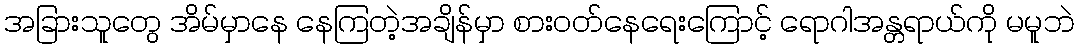
အခြားသူတွေ အိမ်မှာနေ နေကြတဲ့အချိန်မှာ စားဝတ်နေရေးကြောင့် ရောဂါအန္တရာယ်ကို မမူဘဲ